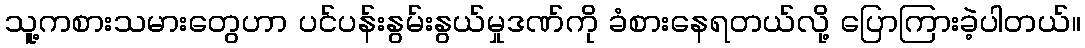
သူ့ကစားသမားတွေဟာ ပင်ပန်းနွမ်းနွယ်မှုဒဏ်ကို ခံစားနေရတယ်လို့ ပြောကြားခဲ့ပါတယ်။